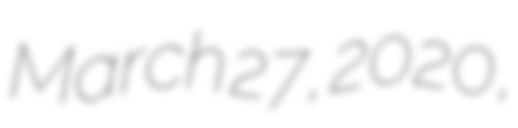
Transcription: March 27, 2020,